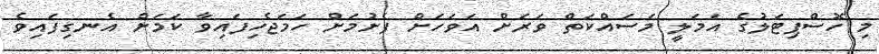
މި ހޮސްޕިޓަލުގެ އަމަލީ މަސައްކަތް ވަރަށް އަވަހަށް ފެށުމަށް ހަމަޖެހިފައިވާ ކަމަށް އެނގިފައިވެ